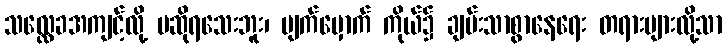
သလ္လေခအကျင့်လို့ မဆိုရသေးဘူး၊ မျက်မှောက် ကိုယ်၌ ချမ်းသာစွာနေရေး တရားများလို့သာ